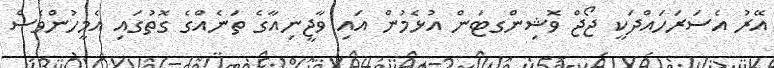
އޭރު އެސަރަހައްދަކީ ޖޯޖް ވޮޝިންގޓަން އުޅެމުން އައި ވާޖީނިއާގެ ތަނެއްގެ ގޮތުގައި އެމީހުންވެސް